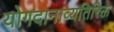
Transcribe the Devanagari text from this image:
योगदानाव्यतिरिक्त